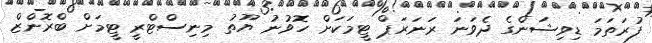
ފުރަތަމަ ޑިވިޝަންގެ ދެވަނަ ރަނަރަޕް ޓީމަކަށް ހޮވުނު ޔޫތު މިނިސްޓްރީ ޓީމަށް ބްރޮންޒް